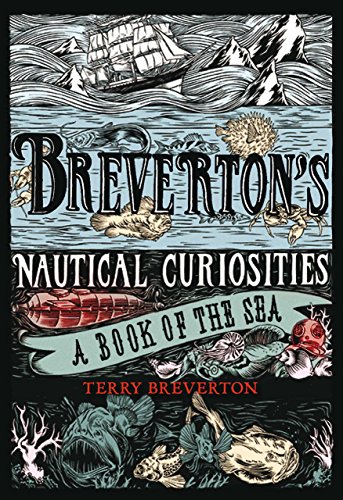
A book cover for Breverton's Nautical Curiosities: A Book Of The Sea; Terry Breverton; Humor & Entertainment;